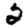
Digit: 2